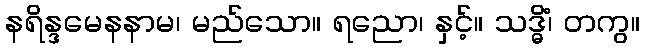
နရိန္ဒမေနနာမ၊ မည်သော။ ရညော၊ နှင့်။ သဒ္ဓိံ၊ တကွ။